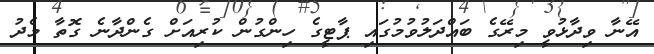
އޭނާ ވިދާޅުވީ މިރޭގެ ބައްދަލުވުމުގައި ޕާޓީގެ ހިންގުން ކުރިއަށް ގެންދާނެ ގޮތާ މެދު